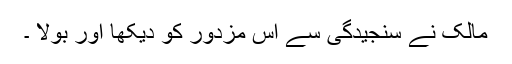
مالک نے سنجیدگی سے اس مزدور کو دیکھا اور بولا ۔